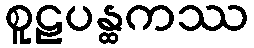
စူဠပန္ထကဿ